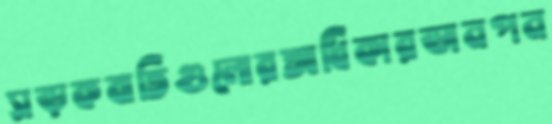
সড়কবাতিগুলোরআধিকারডানপন